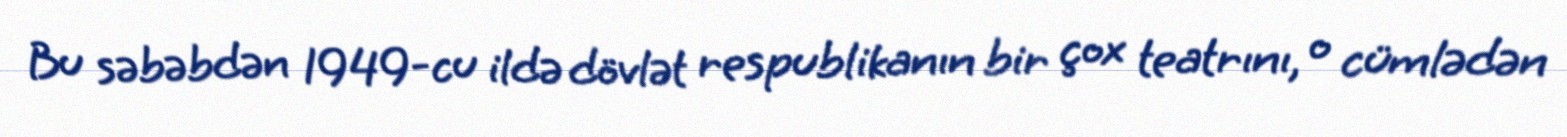
Bu səbəbdən 1949-cu ildə dövlət respublikanın bir çox teatrını, o cümlədən